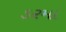
ડરમા